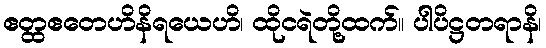
ဧတ္ထဧတေဟိနိရယေဟိ၊ ထိုငရဲတို့ထက်။ ပါပိဋ္ဌတရာနိ၊